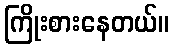
ကြိုးစားနေတယ်။